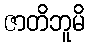
ဇာတိဘူမိ